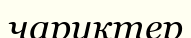
чаруктер